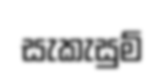
සැකැසුම්